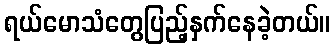
ရယ်မောသံတွေပြည့်နှက်နေခဲ့တယ်။